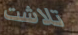
تلاشت